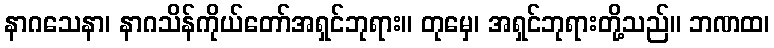
နာဂသေနာ၊ နာဂသိန်ကိုယ်တော်အရှင်ဘုရား။ တုမှေ၊ အရှင်ဘုရားတို့သည်။ ဘဏထ၊